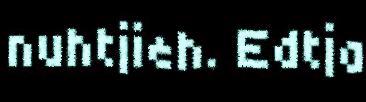
nuhtjieh. Edtja